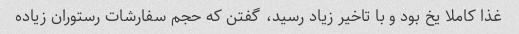
غذا کاملا یخ بود و با تاخیر زیاد رسید، گفتن که حجم سفارشات رستوران زیاده